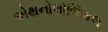
એથનોલોજિકલ